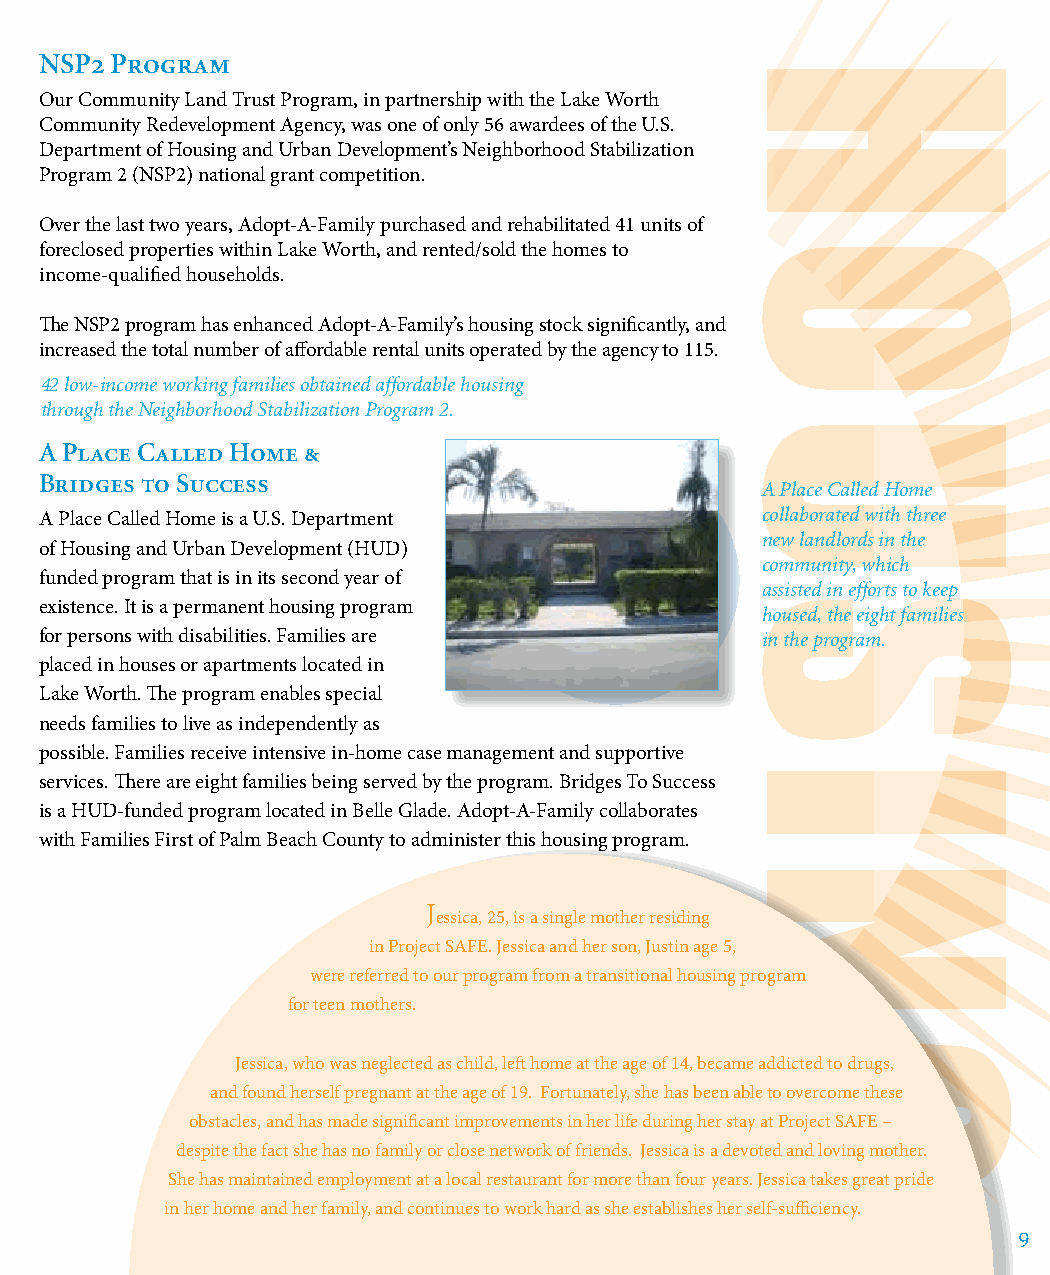
NSP2 Program
 Our Community Land Trust Program, in partnership with the Lake Worth
 Community Redevelopment Agency, was one of only 56 awardees of the U.S.
 Department of Housing and Urban Development’s Neighborhood Stabilization
 Program 2 (NSP2) national grant competition.
 Over the last two years, Adopt-A-Family purchased and rehabilitated 41 units of
 foreclosed properties within Lake Worth, and rented/sold the homes to
 income-qualified households.
 The NSP2 program has enhanced Adopt-A-Family’s housing stock significantly, and
 increased the total number of affordable rental units operated by the agency to 115.
 42 low-income working families obtained affordable housing
 through the Neighborhood Stabilization Program 2.
 A Place Called Home &
 Bridges to Success
 A Place Called Home
 collaborated with three
 A Place Called Home is a U.S. Department
 new landlords in the
 of Housing and Urban Development (HUD)
 community, which
 funded program that is in its second year of
 assisted in efforts to keep
 existence. It is a permanent housing program   housed, the eight families
 for persons with disabilities. Families are    in the program.
 placed in houses or apartments located in
 Lake Worth. The program enables special
 needs families to live as independently as
 possible. Families receive intensive in-home case management and supportive
 services. There are eight families being served by the program. Bridges To Success
 is a HUD-funded program located in Belle Glade. Adopt-A-Family collaborates
 with Families First of Palm Beach County to administer this housing program.
 J
 essica, 25, is a single mother residing
 in Project SAFE. Jessica and her son, Justin age 5,
 were referred to our program from a transitional housing program
 for teen mothers.
 Jessica, who was neglected as child, left home at the age of 14, became addicted to drugs,
 and found herself pregnant at the age of 19. Fortunately, she has been able to overcome these
 obstacles, and has made significant improvements in her life during her stay at Project SAFE –
 despite the fact she has no family or close network of friends. Jessica is a devoted and loving mother.
 She has maintained employment at a local restaurant for more than four years. Jessica takes great pride
 in her home and her family, and continues to work hard as she establishes her self-sufficiency.
 9
 H
 O
 U
 S
 I
 N
 G